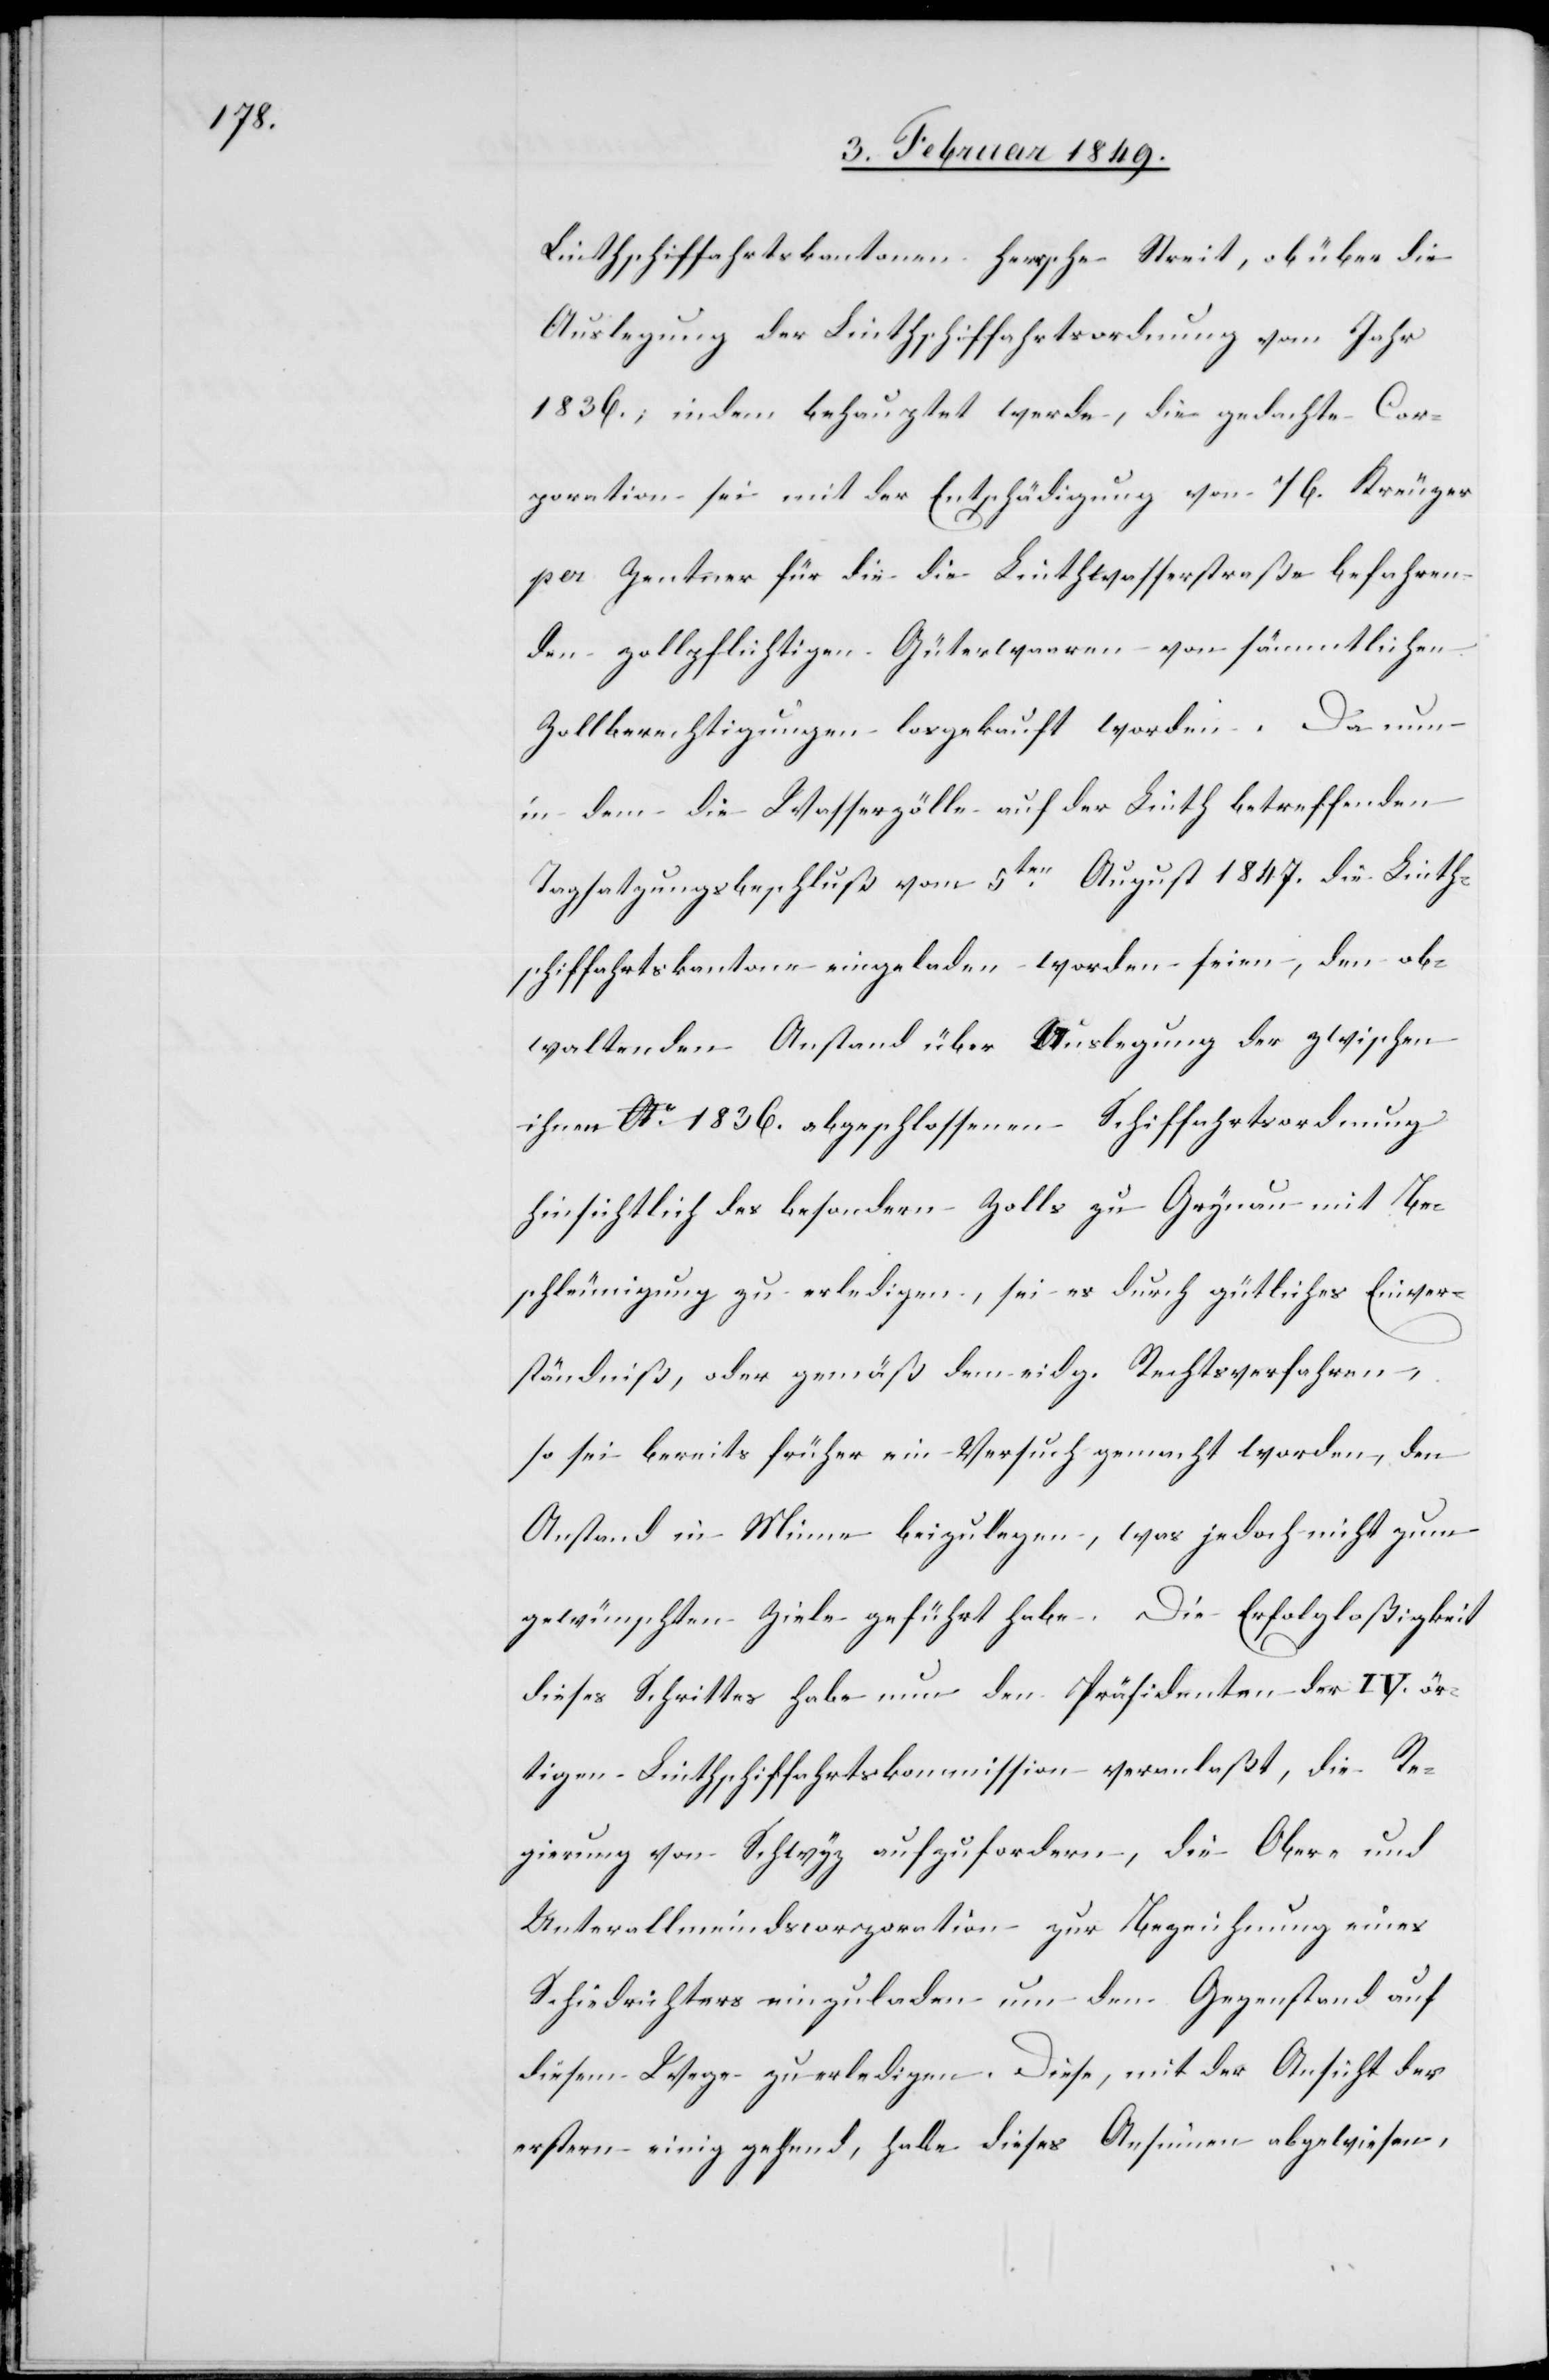
Linthschiffahrtskantonen herrsche Streit, ob über die
Auslegung der Linthschiffahrtsordnung vom Jahr
1836.; indem behauptet werde, die gedachte Cor¬
poration sei mit der Entschädigung von 1/6. Kreuzer
per Zentner für die die Linthwasserstraße befahren¬
den zollpflichtigen Güterwaaren von sämmtlichen
Zollberechtigungen losgekauft worden. Da nun
in dem die Wasserzölle auf der Linth betreffenden
Tagsatzungsbeschluß vom 5ten. August 1847. die Linth¬
schiffahrtskantone eingeladen worden seien, den ob¬
waltenden Anstand über Auslegung der zwischen
ihnen Ao. 1836. abgeschlossenen Schiffahrtsordnung
hinsichtlich des besondern Zolls zu Grynau mit Be¬
schleunigung zu erledigen, sei es durch gütliches Einver¬
ständniß, oder gemäß dem eidg. Rechtsverfahren,
so sei bereits früher ein Versuch gemacht worden, den
Anstand in Minne beizulegen, was jedoch nicht zum
gewünschten Ziele geführt habe. Die Erfolgloßigkeit
dieses Schrittes habe nun den Präsidenten der IV. ör¬
tigen Linthschiffahrtskommission veranlaßt, die Re¬
gierung von Schwyz aufzufordern, die Ober- und
Unterallmeindscorporation zur Bezeichnung eines
Schiedrichters einzuladen um den Gegenstand auf
diesem Wege zu erledigen. Diese, mit der Ansicht der
erstern einig gehend, habe dieses Ansinnen abgewiesen,